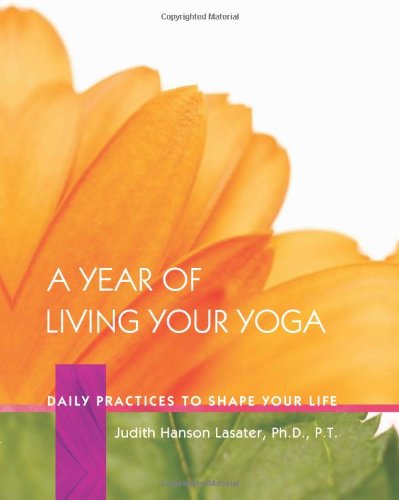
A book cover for A Year of Living Your Yoga: Daily Practices to Shape Your Life; Judith Hanson Lasater Ph.D.; Health, Fitness & Dieting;